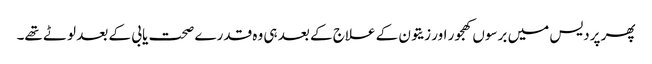
پھر پردیس میں برسوں کھجور اور زیتون کے علاج کے بعد ہی وہ قدرے صحت یابی کے بعد لوٹے تھے۔